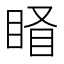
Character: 𥇄